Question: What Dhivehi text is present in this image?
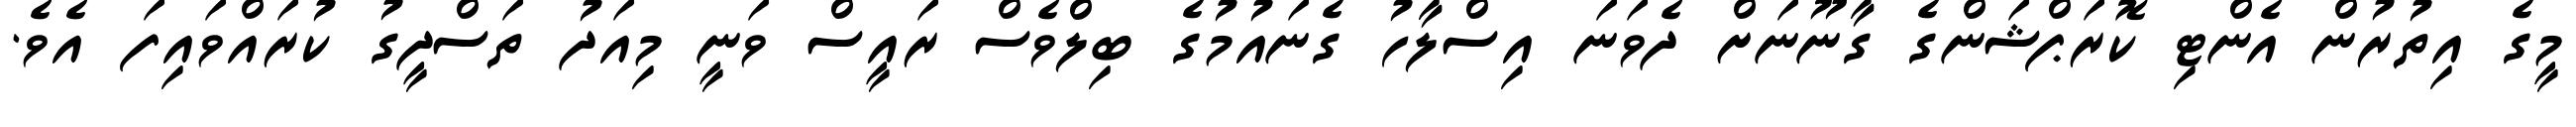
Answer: މީގެ އިތުރުން އެންޓި ކޮރަޕްޝަންގެ ގާނޫނަށް ދެވަނަ އިސްލާހު ގެނައުމުގެ ބިލްވެސް ރައީސް ވަނީ މިއަދު ތަސްދީގު ކުރައްވައިފަ އެވެ.